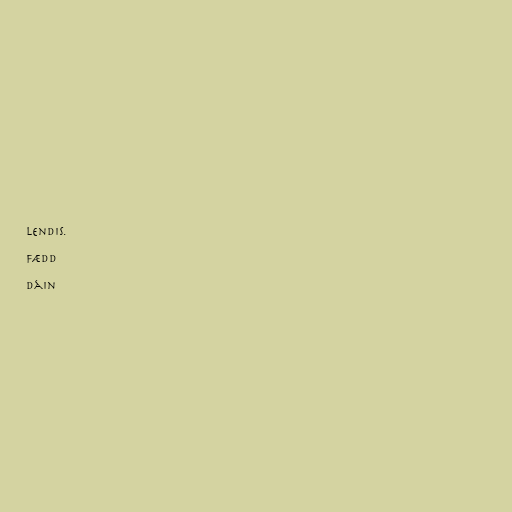
lendis.

Fædd

Dáin